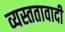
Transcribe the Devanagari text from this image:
व्यस्ततावादी